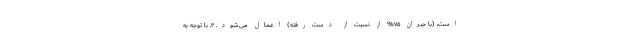
است، (با جبران ۷۵% از نسبت از دست رفته) اعمال می‌شود. ۳. با توجه به